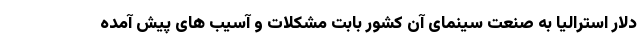
دلار استراليا به صنعت سينماى آن كشور بابت مشكلات و آسيب هاى پيش آمده